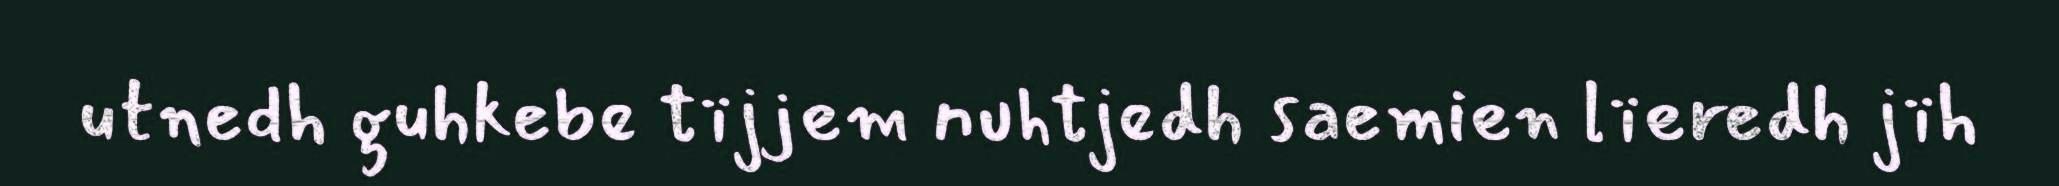
utnedh guhkebe tïjjem nuhtjedh saemien lïeredh jïh